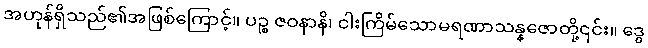
အဟုန်ရှိသည်၏အဖြစ်ကြောင့်။ ပဉ္စ ဇဝနာနိ၊ ငါးကြိမ်သောမရဏာသန္နဇောတို့၎င်း။ ဒွေ